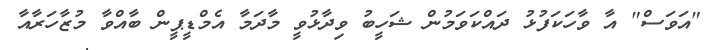
"އަވަސް" އާ ވާހަކަފުޅު ދައްކަވަމުން ޝަހީބު ވިދާޅުވީ މާދަމާ އެމްޑީޕީން ބާއްވާ މުޒާހަރާއާ